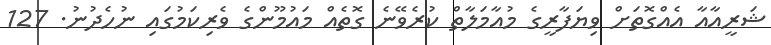
ޝަރީއާއާ އެއްގޮތަށް ވިޔަފާރީގެ މުއާމަލާތް ކުރެވޭނެ ގޮތެއް މައުމޫންގެ ވެރިކަމުގައި ނުހެދުނު. 127